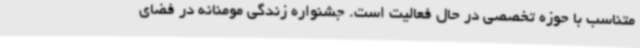
متناسب با حوزه تخصصی در حال فعالیت است. جشنواره زندگی مومنانه در فضای